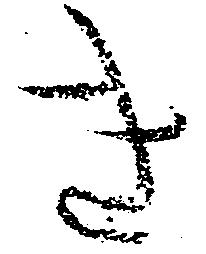
き